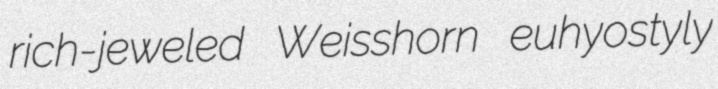
rich-jeweled Weisshorn euhyostyly